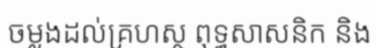
ចម្លងដល់គ្រហស្ថ ពុទ្ធសាសនិក និង